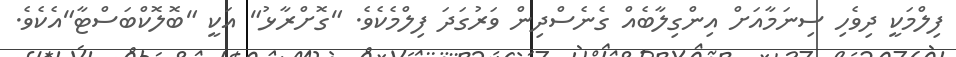
ފިލްމަކީ ދިވެހި ސިނަމާއަށް އިންގިލާބެއް ގެނެސްދިން ވަރުގަދަ ފިލްމެކެވެ. "ގޮށްރާޅު" އަކީ "ބޮލޮކްބަސްޓާ"އެކެވެ.